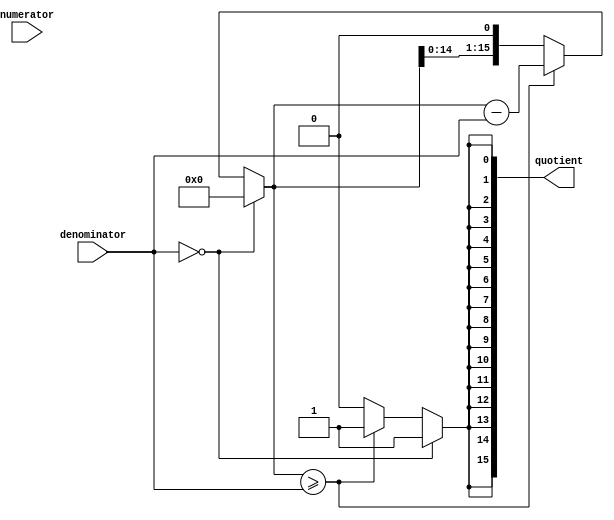
module fractional_divider (
    input wire [7:0] numerator,
    input wire [7:0] denominator,
    output reg [15:0] quotient
);

reg [15:0] remainder;
reg [3:0] shift_count;

always @ (numerator or denominator) begin
    if (denominator == 0) begin
        quotient <= 16'hFFFF; // output max value if denominator is 0
        remainder <= 0;
        shift_count <= 0;
    end else begin
        quotient <= 16'd0;
        remainder <= numerator;
        shift_count <= 0;

        for (shift_count = 0; shift_count < 16; shift_count = shift_count + 1) begin
            remainder <= remainder << 1;
            if (remainder >= denominator) begin
                remainder <= remainder - denominator;
                quotient[15 - shift_count] <= 1;
            end
        end
    end
end

endmodule